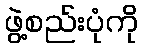
ဖွဲ့စည်းပုံကို